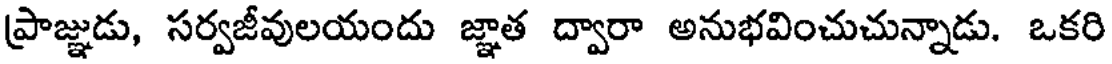
ప్రాజ్ఞుడు, సర్వజీవులయందు జ్ఞాత ద్వారా అనుభవించుచున్నాడు. ఒకరి